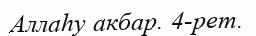
Аллаһу акбар. 4-рет.